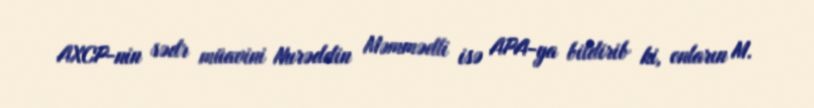
AXCP-nin sədr müavini Nurəddin Məmmədli isə APA-ya bildirib ki, onların M.